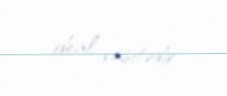
ideal vasitədir.